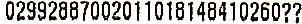
02992887002011018148410260??